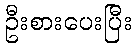
ဦးစားပေးပြီး